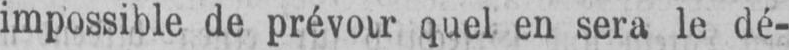
quel en sera le dé-